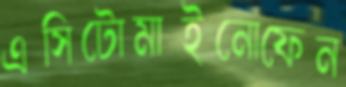
এসিটোমাইনোফেন